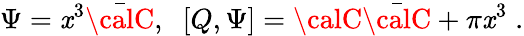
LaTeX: \Psi=\mathit{x}^{3}\bar{{\calC}},\; \; [Q,\Psi]={\calC}\bar{{\calC}}+\pi\mathit{x}^{3}\; .